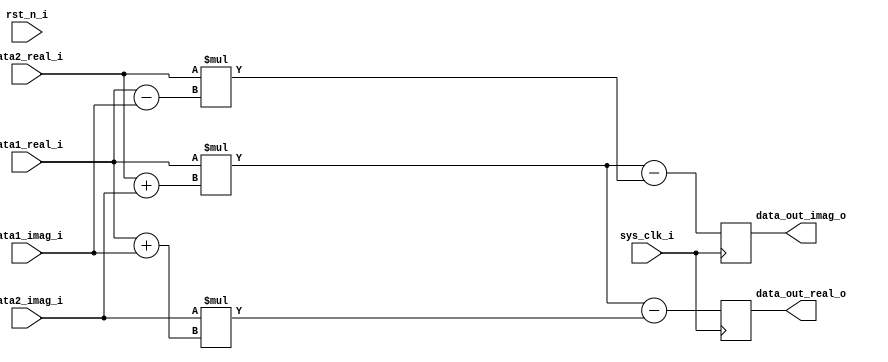

module complex_multiplier #(
    parameter                           DATA1_WIDTH               = 32,
    parameter                           DATA2_WIDTH               = 8
) (
    input                               sys_clk_i                  ,
    input                               rst_n_i                    ,

    input       signed [DATA1_WIDTH-1: 0]data1_real_i              ,
    input       signed [DATA1_WIDTH-1: 0]data1_imag_i              ,
    input       signed [DATA2_WIDTH-1: 0]data2_real_i              ,// i
    input       signed [DATA2_WIDTH-1: 0]data2_imag_i              ,// q

    output reg  signed [DATA1_WIDTH+DATA2_WIDTH: 0]data_out_real_o ,
    output reg  signed [DATA1_WIDTH+DATA2_WIDTH: 0]data_out_imag_o  // data1_width + data2_width + 1
);
    reg      signed    [DATA1_WIDTH+DATA2_WIDTH: 0]data_cache    ='d0;
    
always@(*)begin
    // cache = a_i * (b_i + b_q)
    data_cache = data1_real_i * (data2_real_i + data2_imag_i);
end

always@(posedge sys_clk_i)begin
    // result_i = a_i * (b_i + b_q) - b_q * (a_i + a_q) 
    data_out_real_o <= data_cache - data2_imag_i * (data1_real_i + data1_imag_i);
    // result_q = a_i * (b_i + b_q) - b_i * (a_i - a_q)
    data_out_imag_o <= data_cache - data2_real_i * (data1_real_i - data1_imag_i);
end

endmodule